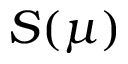
S ( \mu )